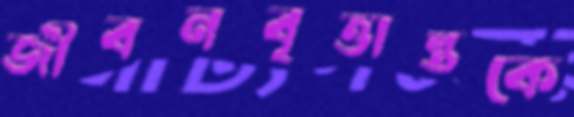
জীবনবৃত্তান্তকে